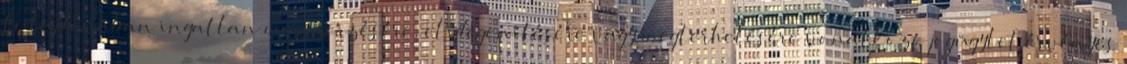
tulajdonában ingatlan megszerzésére, elidegenítésére vagy megterhelésére vonatkozó jogügylet érvényes